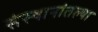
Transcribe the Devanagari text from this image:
संस्थानांतल्या